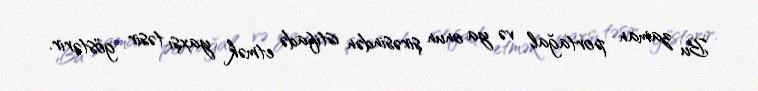
Bu zaman portağal və ya onun şirəsindən istifadə etmək yaxşı təsir göstərir.